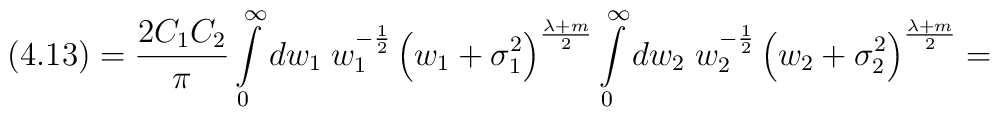
(4.13)=\frac {2C_1C_2} {\pi} \int\limits_0^{\infty}dw_1\;w_1^{-\frac {1} {2}}\left(w_1+{\sigma}_1^2\right)^{\frac {\lambda+m} {2}}\int\limits_0^{\infty}dw_2\;w_2^{-\frac {1} {2}}\left(w_2+{\sigma}_2^2\right)^{\frac {\lambda+m} {2}}=